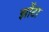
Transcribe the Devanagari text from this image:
झोंटा